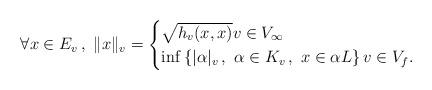
LaTeX: \begin{align*} \forall x \in E_v\, , \ \Vert x \Vert _v =\begin{cases}\sqrt{h_v(x,x)} v \in V_{\infty}\\\inf\left\lbrace \vert \alpha \vert_v\, ,\ \alpha \in K_v\, , \ x \in \alpha L \right\rbrace v \in V_f.\end{cases}\end{align*}